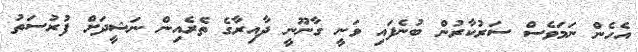
އެހެން ނަމަވެސް ސަރުކާރުން ބުނެފައި ވަނީ ގާނޫނީ ދާއިރާގެ ތެރެއިން ނަޝީދަށް ފުރުސަތު